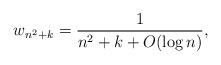
LaTeX: \begin{align*}w_{n^2+k} = \frac{1}{n^2+k+O(\log n)},\end{align*}